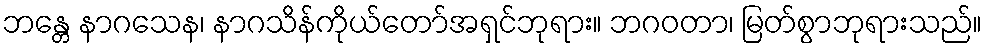
ဘန္တေ နာဂသေန၊ နာဂသိန်ကိုယ်တော်အရှင်ဘုရား။ ဘဂဝတာ၊ မြတ်စွာဘုရားသည်။